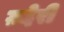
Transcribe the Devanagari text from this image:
ग़देरी